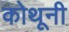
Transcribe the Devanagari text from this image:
कोथूनी